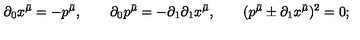
\qquad \partial _ { 0 } x ^ { \bar { \mu } } = - p ^ { \bar { \mu } } , \qquad \partial _ { 0 } p ^ { \bar { \mu } } = - \partial _ { 1 } \partial _ { 1 } x ^ { \bar { \mu } } , \qquad ( p ^ { \bar { \mu } } \pm \partial _ { 1 } x ^ { \bar { \mu } } ) ^ { 2 } = 0 ;